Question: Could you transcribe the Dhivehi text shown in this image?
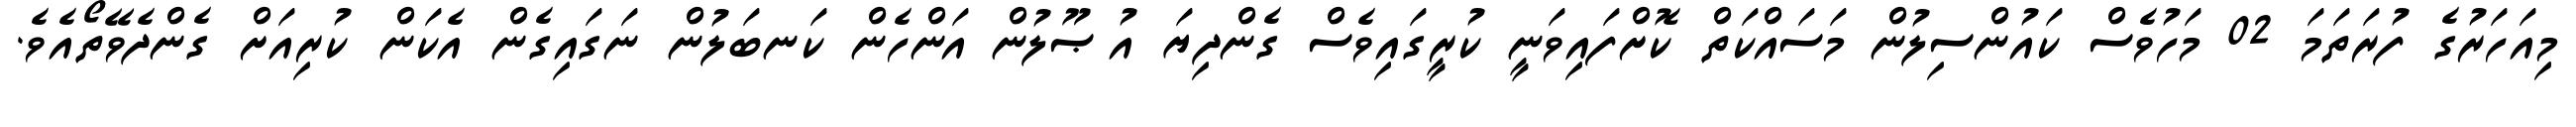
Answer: މިއަހަރުގެ ފުރަތަމަ 02 މަހުވެސް ކައުންސިލުން މަސައްކަތް ކޮށްފައިވަނީ ކުރީގައިވެސް ގެންދިޔަ އުޞޫލުން އަންހެން ކަނބަލުން ނަގައިގެން އެކަން ކުރިއަށް ގެންދެވޭތޯއެވެ.